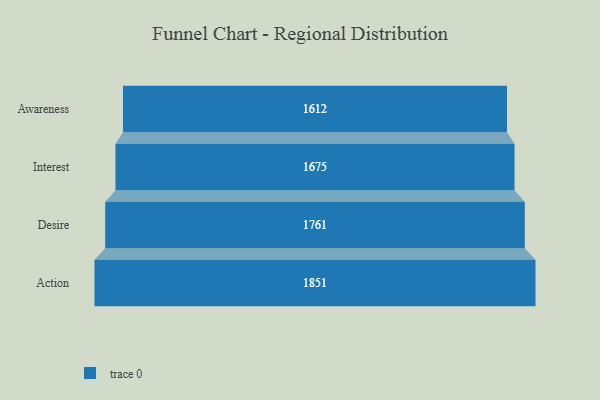
{"axis": {"x": "Stage", "y": "Value"}, "legend": [""], "data": [{"x": "Awareness", "y": 1612.0, "type": ""}, {"x": "Interest", "y": 1675.0, "type": ""}, {"x": "Desire", "y": 1761.0, "type": ""}, {"x": "Action", "y": 1851.0, "type": ""}]}